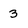
Character: 3